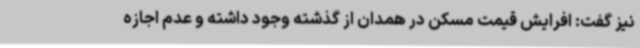
نیز گفت: افرایش قیمت مسکن در همدان از گذشته وجود داشته و عدم اجازه